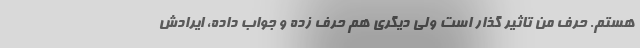
هستم. حرف من تاثیر گذار است ولی دیگری هم حرف زده و جواب داده، ایرادش